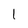
Character: 1